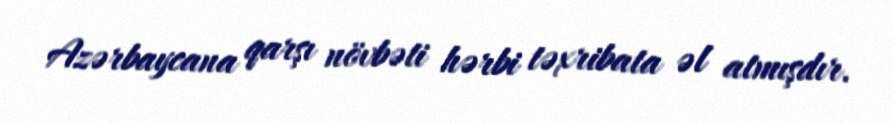
Azərbaycana qarşı növbəti hərbi təxribata əl atmışdır.